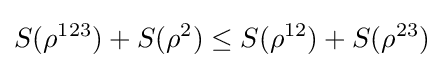
S(\rho ^{123})+S(\rho ^{2})\leq S(\rho ^{12})+S(\rho ^{23})